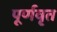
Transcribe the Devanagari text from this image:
पूर्णवृत